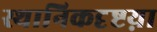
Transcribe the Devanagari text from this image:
स्थानिकदृष्टय़ा